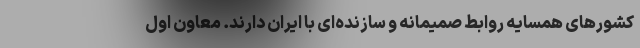
کشورهای همسایه روابط صمیمانه و سازنده‌ای با ایران دارند. معاون اول